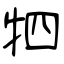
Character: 牭